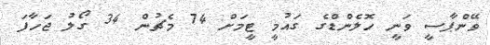
ވޭންޕާސީ ވަނީ ހޮލެންޑްގެ ގައުމީ ޓީމަށް 74 މެޗުން 34 ގޯލު ޖަހާފަ